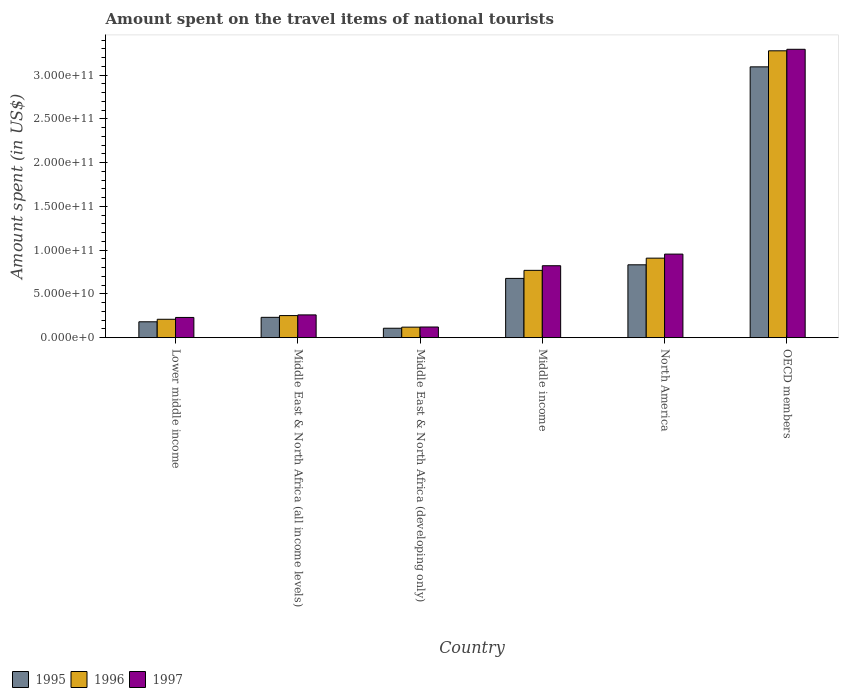
| Country | 1995 | 1996 | 1997 |
 | --- | --- | --- | --- |
 | Lower middle income | 1.81e+10 | 2.1e+10 | 2.31e+10 |
 | Middle East & North Africa (all income levels) | 2.32e+10 | 2.52e+10 | 2.6e+10 |
 | Middle East & North Africa (developing only) | 1.08e+10 | 1.2e+10 | 1.22e+10 |
 | Middle income | 6.77e+10 | 7.69e+10 | 8.22e+10 |
 | North America | 8.32e+10 | 9.09e+10 | 9.55e+10 |
 | OECD members | 3.09e+11 | 3.28e+11 | 3.29e+11 |